Civil Veterinary Department Bengal reports 1923-33 - 1923-1933
Year: 1923
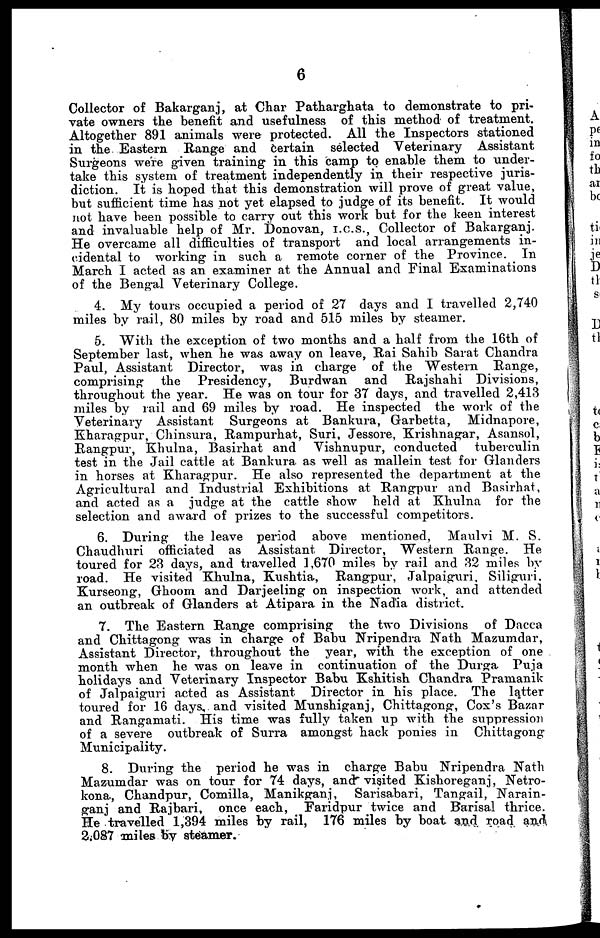
6
Collector of Bakarganj, at Char Patharghata to demonstrate to pri-
vate owners the benefit and usefulness of this method of treatment.
Altogether 891 animals were protected. All the Inspectors stationed
in the Eastern Range and certain selected Veterinary Assistant
Surgeons were given training in this camp to enable them to under-
take this system of treatment independently in their respective juris-
diction. It is hoped that this demonstration will prove of great value,
but sufficient time has not yet elapsed to judge of its benefit. It would
not have been possible to carry out this work but for the keen interest
and invaluable help of Mr. Donovan, I.c.s., Collector of Bakarganj.
He overcame all difficulties of transport and local arrangements in-
cidental to working in such a remote corner of the Province. In
March I acted as an examiner at the Annual and Final Examinations
of the Bengal Veterinary College.
4. My tours occupied a period of 27 days and I travelled 2,740
miles by rail, 80 miles by road and 515 miles by steamer.
5. With the exception of two months and a half from the 16th of
September last, when he was away on leave, Rai Sahib Sarat Chandra
Paul, Assistant Director, was in charge of the Western Range,
comprising the Presidency,
Burdwan and Rajshahi Divisions,
throughout the year. He was on tour for 37 days, and travelled 2,413
miles by rail and 69 miles by road. He inspected the work of the
Veterinary Assistant Surgeons at Bankura, Garbetta, Midnapore,
Kharagpur, Chinsura, Rampurhat, Suri, Jessore, Krishnagar, Asansol,
Rangpur, Khulna, Basirhat and Vishnupur, conducted
tuberculin
test in the Jail cattle at Bankura as well as mallein test for Glanders
in horses at Kharagpur. He also represented the department at the
Agricultural and Industrial Exhibitions at Rangpur and Basirhat,
and acted as a judge at the cattle show held at Khulna for the
selection and award of prizes to the successful competitors.
6. During the leave period above mentioned, Maulvi M. S.
Chaudhuri officiated as Assistant Director, Western Range. He
toured for 23 days, and travelled 1,670 miles by rail and 32 miles by
road. He visited Khulna, Kushtia, Rangpur, Jalpaiguri, Siliguri,
Kurseong, Ghoom and Darjeeting on inspection work, and attended
an outbreak of Glanders at Atipara in the Nadia district.
7. The Eastern Range comprising the two Divisions of Dacca
and Chittagong was in charge of Babu Nripendra Nath Mazumdar,
Assistant Director, throughout the year, with the exception of one
month when he was on leave in continuation of the Durga Puja
holidays and Veterinary Inspector Babu Kshitish Chandra Pramanik
of Jalpaiguri acted as Assistant Director in his place. The latter
toured for 16 days, and visited Munshiganj, Chittagong, Cox's Bazar
and Rangamati. His time was fully taken up with the suppression
of a severe outbreak of Surra amongst hack ponies in Chittagong
Municipality.
8. During the period he was in charge Babu Nripendra Nath
Mazumdar was on tour for 74 days, and visited Kishoreganj, Netro-
kona, Chandpur, Comilla, Manikganj, Sarisabari, Tangail, Narain-
ganj and Rajbari, once each, Faridpur twice and Barisal thrice.
He travelled 1,394 miles by rail, 176 miles by boat and road and
2.087 miles by steamer.